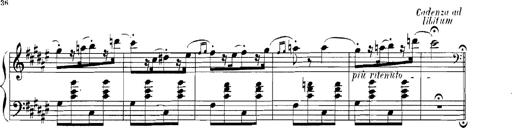
Title: Rhapsodies hongroises
Composer: Franz Liszt